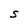
Character: S